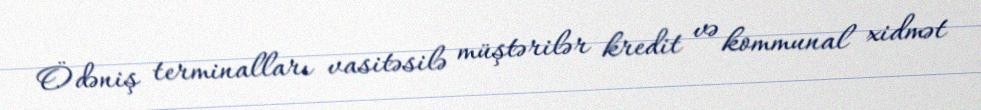
Ödəniş terminalları vasitəsilə müştərilər kredit və kommunal xidmət